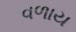
વળાય